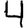
Digit: 4